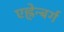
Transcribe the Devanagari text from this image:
एह्रेन्बर्ग